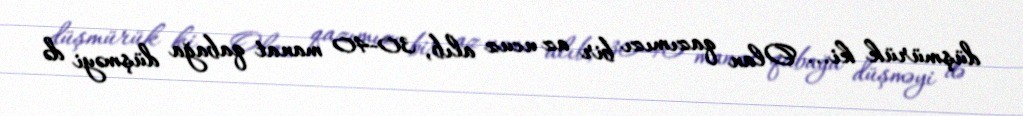
düşmürük ki... Olan qazımızı bir az ucuz alıb, 30-40 manat qabağa düşməyi də